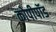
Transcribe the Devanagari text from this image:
कोपीपॉड